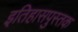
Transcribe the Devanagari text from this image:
इतिहासपुस्तक